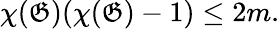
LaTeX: \chi(\mathfrak{G})(\chi(\mathfrak{G})-1)\leq2m.